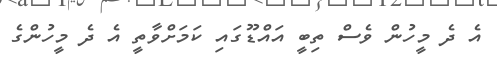
އެ ދެ މީހުން ވެސް ތިބީ އައްޑޫގައި ކަމަށްވާތީ އެ ދެ މީހުންގެ